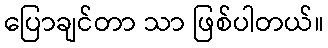
ပြောချင်တာ သာ ဖြစ်ပါတယ်။